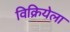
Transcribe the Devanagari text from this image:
विक्रियेला